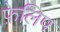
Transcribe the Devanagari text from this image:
फ़ेलिप